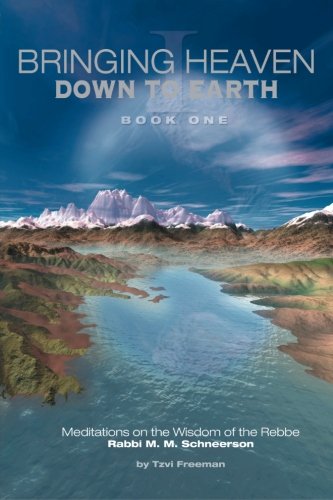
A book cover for Bringing Heaven Down to Earth Book 1; Tzvi Freeman; Religion & Spirituality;